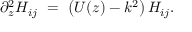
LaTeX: \partial _ { z } ^ { 2 } H _ { i j } \ = \ \left( U ( z ) - k ^ { 2 } \right) H _ { i j } .